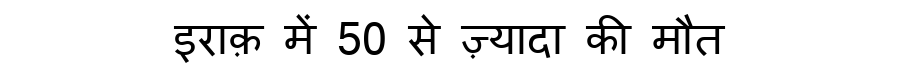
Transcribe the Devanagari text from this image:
इराक़ में 50 से ज़्यादा की मौत